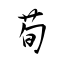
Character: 荀